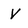
Character: V